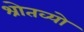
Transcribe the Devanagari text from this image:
श्रोतव्यो